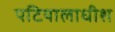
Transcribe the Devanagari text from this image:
पटियालाधीश